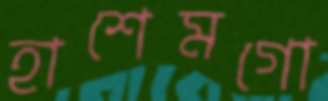
হাশেমগো